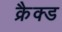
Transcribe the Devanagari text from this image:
क्रैक्ड